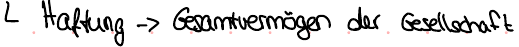
Haftung -> Gesamtvermögen der Gesellschaft